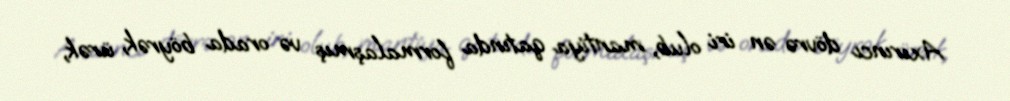
Axırıncı dövrə ən iri olub, mantiya qatında formalaşmış və orada böyrək, ürək,